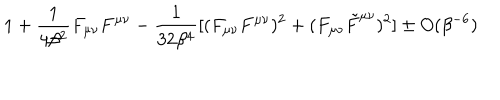
1 + \frac { 1 } { 4 \beta ^ { 2 } } F _ { \mu \nu } F ^ { \mu \nu } - \frac { 1 } { 3 2 \beta ^ { 4 } } [ ( F _ { \mu \nu } F ^ { \mu \nu } ) ^ { 2 } + ( F _ { \mu \nu } \tilde { F } ^ { \mu \nu } ) ^ { 2 } ] \pm O ( \beta ^ { - 6 } )